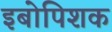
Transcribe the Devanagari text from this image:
इबोपिशक